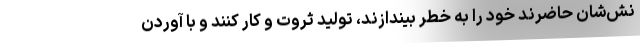
نش‌شان حاضرند خود را به خطر بیندازند، تولید ثروت و کار کنند و با آوردن